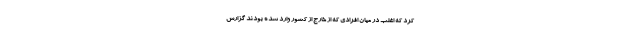
کرد که اغلب در میان افرادی که از خارج از کشور وارد شده‌ بودند گزارش